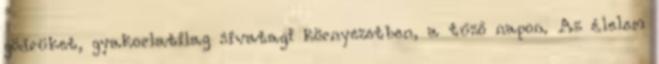
gödrüket, gyakorlatilag sivatagi környezetben, a tűző napon. Az élelem